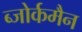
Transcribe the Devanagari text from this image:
ब्जोर्कमैन